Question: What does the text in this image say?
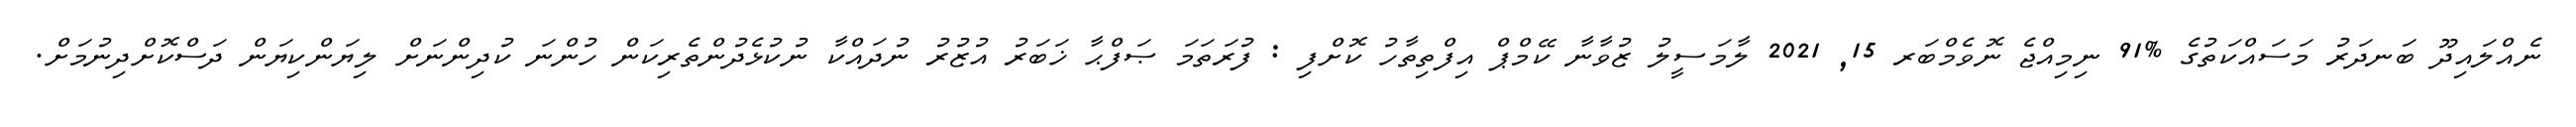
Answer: ނެއްލައިދޫ ބަނދަރު މަސައްކަތުގެ %91 ނިމިއްޖެ ނޮވެމްބަރ 15, 2021 ލާމަސީލު ޒުވާނާ ކޭމްޕް އިފްތިތާހު ކޮށްފި : ފުރަތަމަ ޞަފްޙާ ޚަބަރު އުޒުރު ނުދައްކާ ނުކުޅެދުންތެރިކަން ހުންނަ ކުދިންނަށް ލިޔަންކިޔަން ދަސްކޮށްދިނުމަށް.